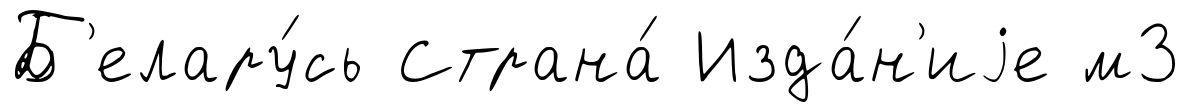
Б'елару́сь Страна́ Изда́н'иjе м3